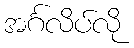
အင်္ဂလိပ်လို